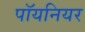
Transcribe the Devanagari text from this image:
पॉयनियर